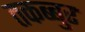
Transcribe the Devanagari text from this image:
तकब्बुर